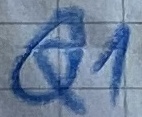
Text: Q1